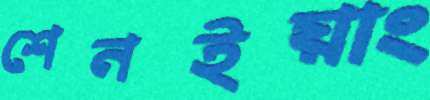
শেনইয়াং